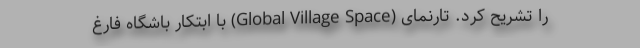
را تشریح کرد. تارنمای (Global Village Space) با ابتکار باشگاه فارغ